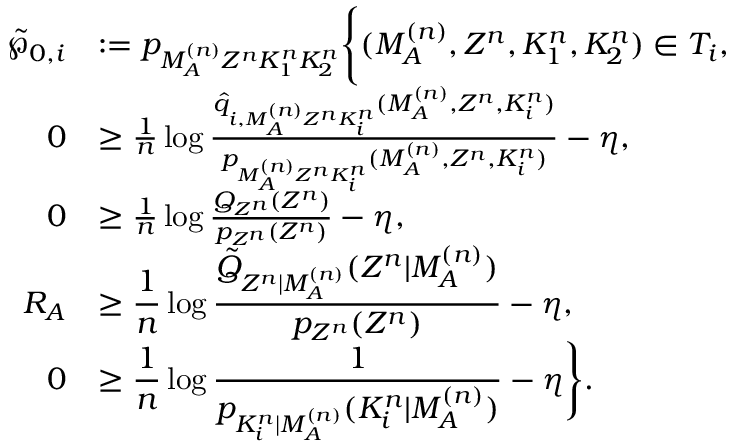
\begin{array} { r l } { \tilde { \wp } _ { 0 , i } } & { : = p _ { M _ { \cal A } ^ { ( n ) } Z ^ { n } K _ { 1 } ^ { n } K _ { 2 } ^ { n } } \Biggl \{ ( M _ { \cal A } ^ { ( n ) } , Z ^ { n } , K _ { 1 } ^ { n } , K _ { 2 } ^ { n } ) \in { \cal T } _ { i } , } \\ { 0 } & { \geq \frac { 1 } { n } \log \frac { \hat { q } _ { i , M _ { \cal A } ^ { ( n ) } Z ^ { n } K _ { i } ^ { n } } ( M _ { \cal A } ^ { ( n ) } , Z ^ { n } , K _ { i } ^ { n } ) } { p _ { M _ { \cal A } ^ { ( n ) } Z ^ { n } K _ { i } ^ { n } } ( M _ { \cal A } ^ { ( n ) } , Z ^ { n } , K _ { i } ^ { n } ) } - \eta , } \\ { 0 } & { \geq \frac { 1 } { n } \log \frac { Q _ { Z ^ { n } } ( Z ^ { n } ) } { p _ { Z ^ { n } } ( Z ^ { n } ) } - \eta , } \\ { R _ { \cal A } } & { \geq \displaystyle \frac { 1 } { n } \log \frac { \tilde { Q } _ { Z ^ { n } | M _ { \cal A } ^ { ( n ) } } ( Z ^ { n } | M _ { \cal A } ^ { ( n ) } ) } { p _ { Z ^ { n } } ( Z ^ { n } ) } - \eta , } \\ { 0 } & { \geq \displaystyle \frac { 1 } { n } \log \frac { 1 } { p _ { K _ { i } ^ { n } | M _ { \cal A } ^ { ( n ) } } ( K _ { i } ^ { n } | M _ { \cal A } ^ { ( n ) } ) } - \eta \Biggr \} . } \end{array}